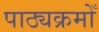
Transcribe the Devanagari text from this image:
पाठ्यक्रमोँ